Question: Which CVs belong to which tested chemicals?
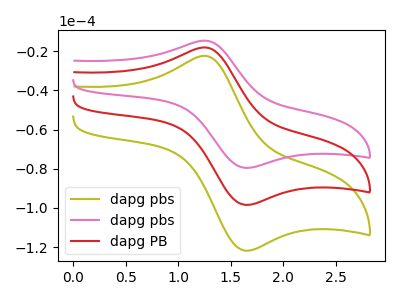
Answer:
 <answer>The olive curve is labeled "dapg pbs". The pink curve is labeled "dapg pbs". The red curve is labeled "dapg PB".</answer>
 <eval></eval>